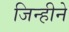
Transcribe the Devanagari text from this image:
जिन्हीने